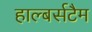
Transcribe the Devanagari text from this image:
हाल्बर्सटैम